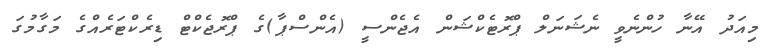
މިއަދު އޭނާ ހުންނެވީ ނެޝަނަލް ޕްރޮޓެކްޝަން އެޖެންސީ (އެންސްޕާ)ގެ ޕްރޮޖެކްޓް ޑިރެކްޓަރެއްގެ މަގާމުގަ